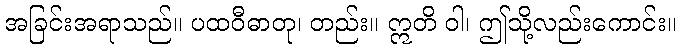
အခြင်းအရာသည်။ ပထဝီဓာတု၊ တည်း။ ဣတိ ဝါ၊ ဤသို့လည်းကောင်း။